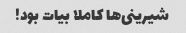
شیرینی‌ها کاملا بیات بود!